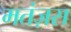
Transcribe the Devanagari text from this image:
मतंज़स